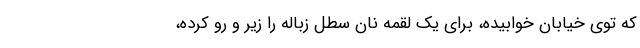
که توی خیابان خوابیده، برای یک لقمه نان سطل زباله را زیر و رو کرده،